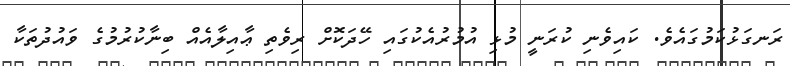
ރަނގަޅުކަމުގައެވެ. ކައިވެނި ކުރަނީ މުޅި އުމުރުއެކުގައި ހޭދަކޮށް ރިވެތި ޢާއިލާއެއް ބިނާކުރުމުގެ ވައުދުތަކާ